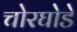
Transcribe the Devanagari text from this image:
चोरघोडे